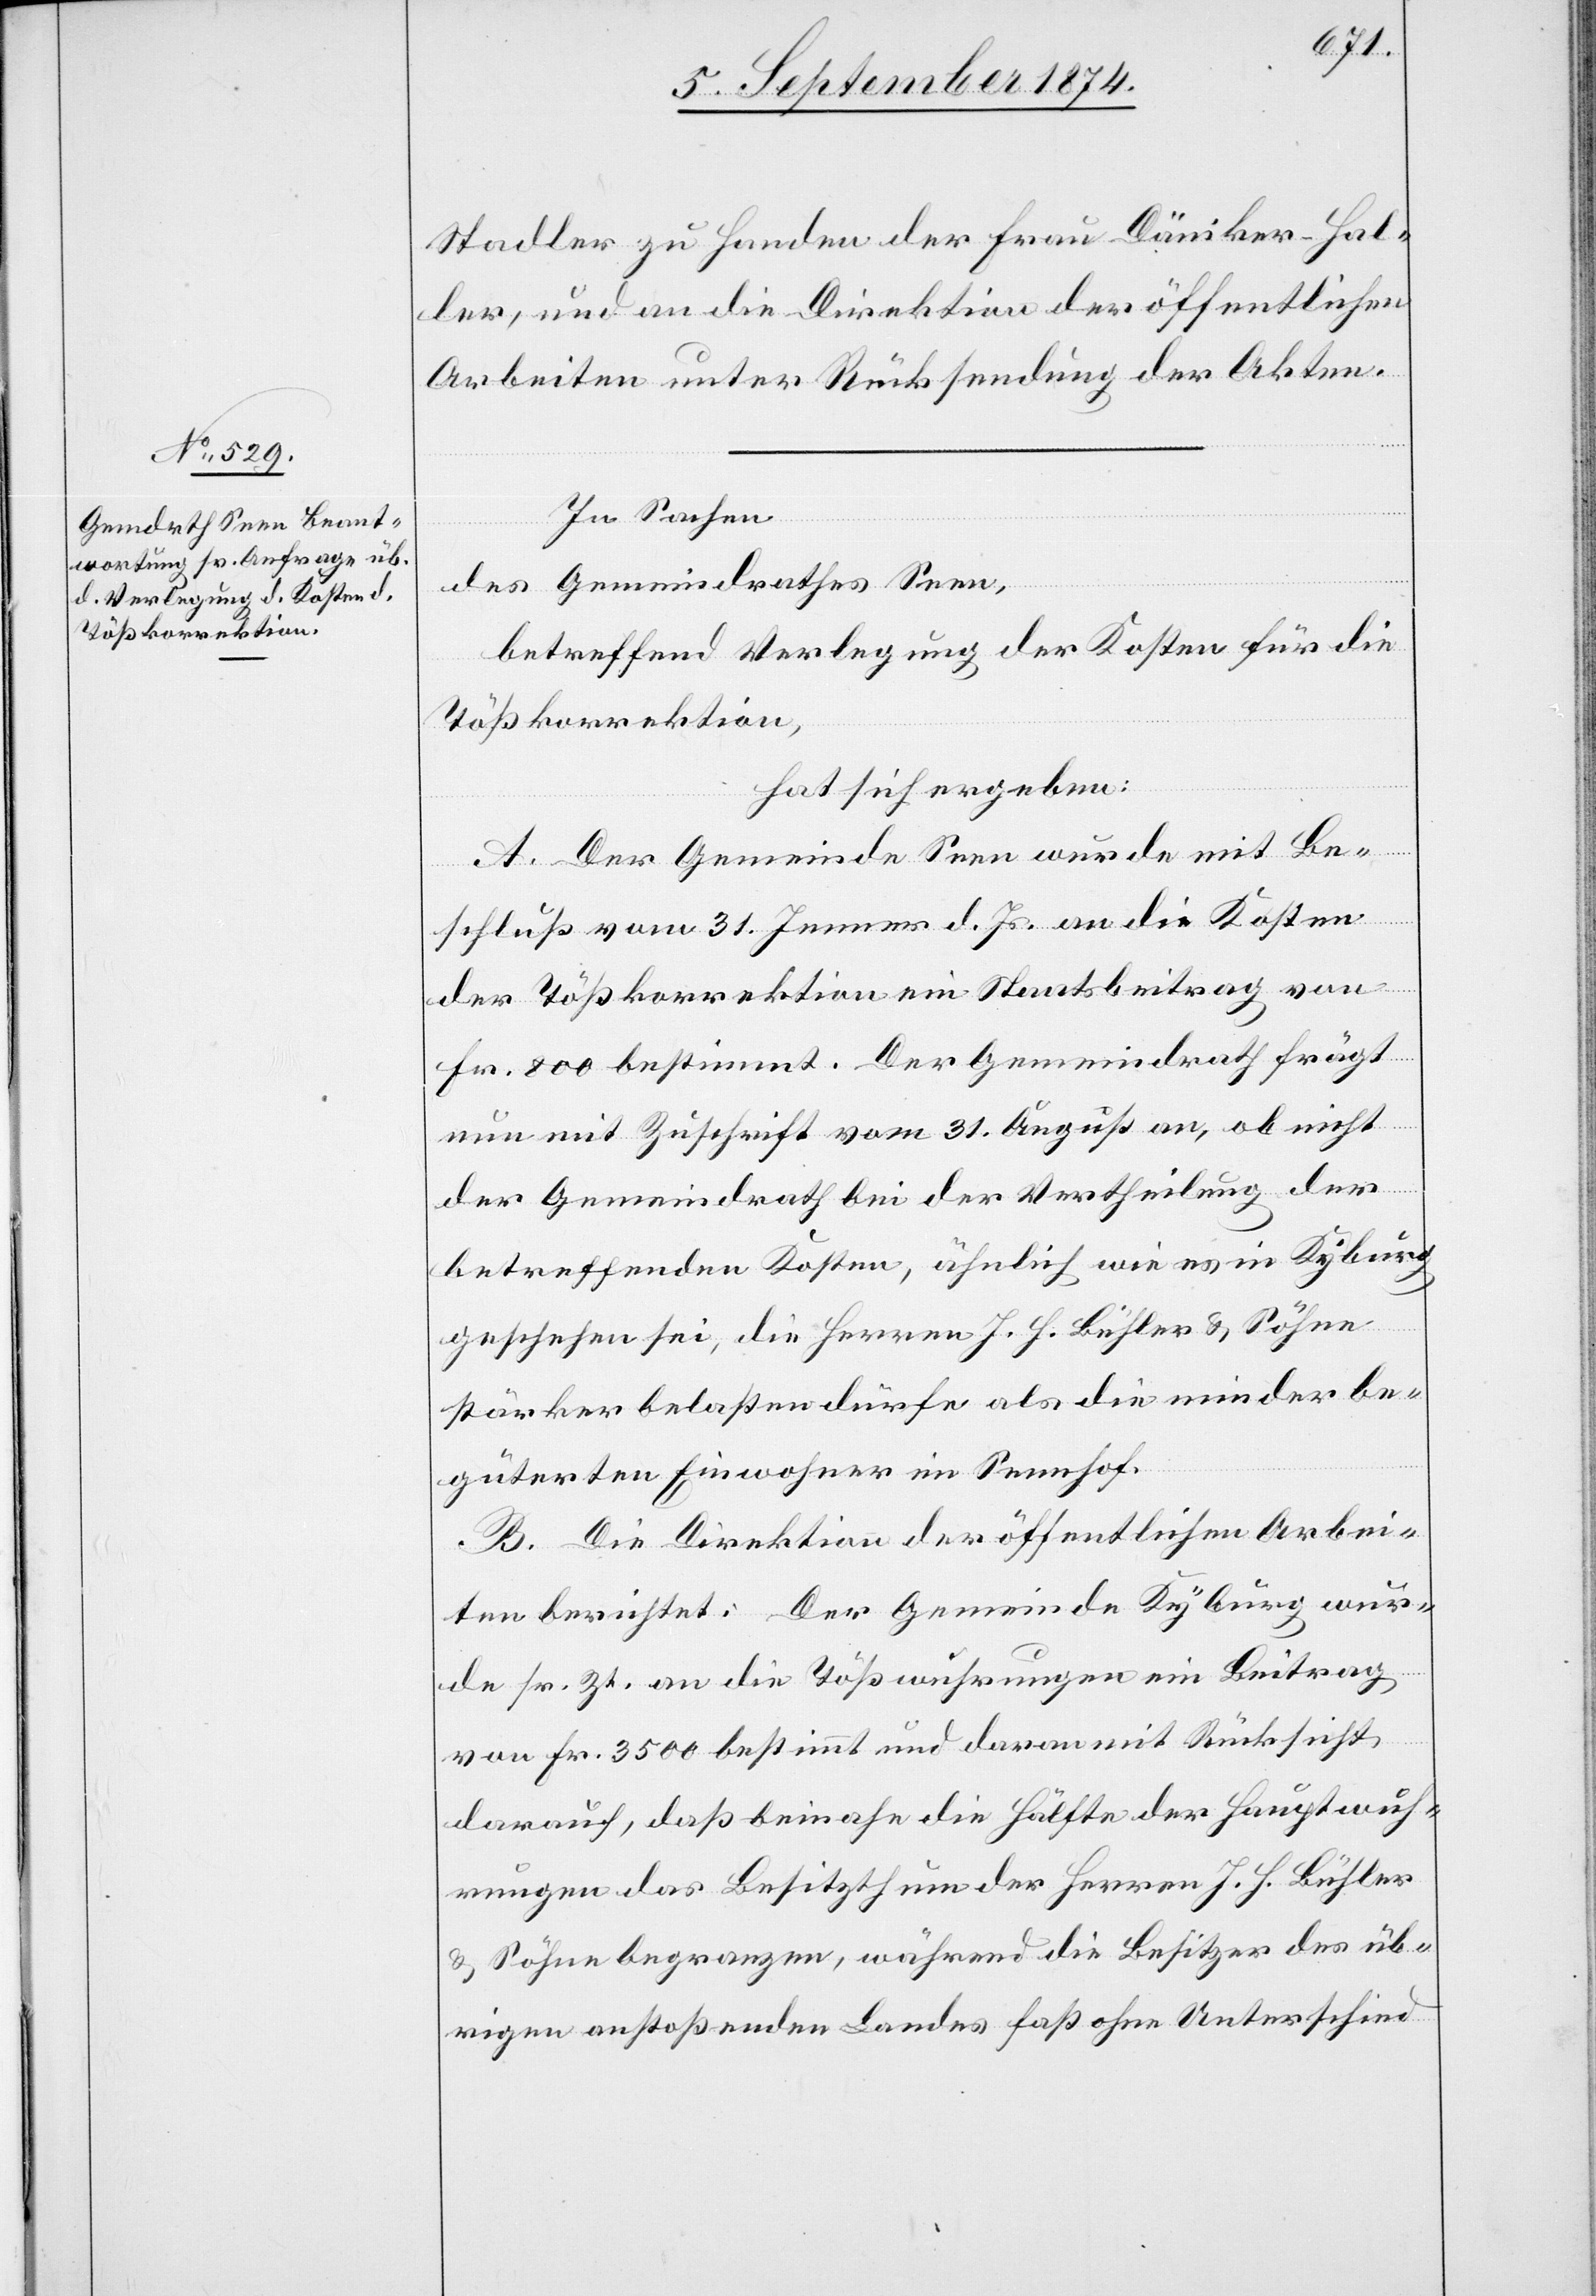
Stadler zu Handen der Frau Däniker-Hal¬
ler, und an die Direktion der öffentlichen
Arbeiten unter Rücksendung der Akten.
In Sachen
wur¬
des Gemeindrathes Seen,
betreffend Verlegung der Kosten für die
Tößkorrektion,
hat sich ergeben:
A. Der Gemeinde Seen wurde mit Be¬
schluß vom 31. Jenner d. Js. an die Kosten
der Tößkorrektion ein Staatsbeitrag von
Fr. 800 bestimmt. Der Gemeindrath frägt
nun mit Zuschrift vom 31. August an, ob nicht
der Gemeindrath bei der Vertheilung der
betreffenden Kosten, ähnlich wie es in Kyburg
geschehen sei, die Herren J. J. Bühler u. Söhne
stärker belasten dürfe als die minder be¬
güterten Einwohner im Sennhof.
B. Die Direktion der öffentlichen Arbei¬
de sr. Zt. an die Tößwuhrungen ein Beitrag
von Fr. 3500 bestimmt und daran mit Rücksicht
darauf, daß beinahe die Hälfte der Hauptwuh¬
rungen das Besitzthum der Herren J. J. Bühler
u. Söhne begrenzen, während die Besitzer des üb¬
rigen anstoßenden Landes fast ohne Unterschied